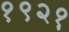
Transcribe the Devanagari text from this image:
१९२१़